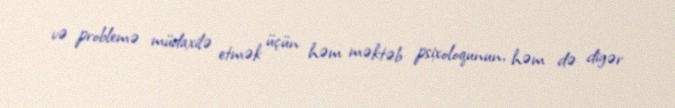
və problemə müdaxilə etmək üçün həm məktəb psixoloqunun, həm də digər